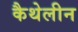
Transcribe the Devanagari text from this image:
कैथेलीन